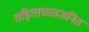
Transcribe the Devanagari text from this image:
तड़िताघातजनित